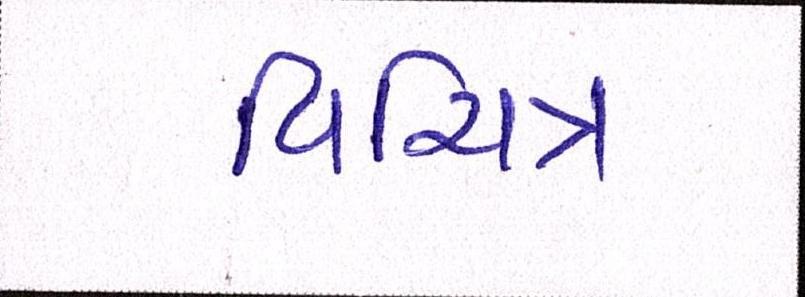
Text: વિચિત્ર